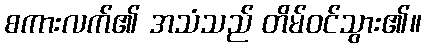
စကားလက်၏ အသံသည် တိမ်ဝင်သွား၏။